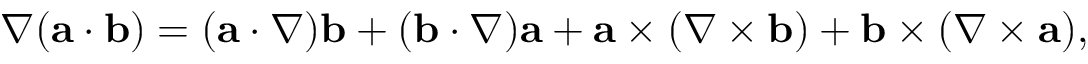
\nabla ( { \mathbf a } \cdot { \mathbf b } ) = ( { \mathbf a } \cdot \nabla ) { \mathbf b } + ( { \mathbf b } \cdot \nabla ) { \mathbf a } + { \mathbf a } \times ( \nabla \times { \mathbf b } ) + { \mathbf b } \times ( \nabla \times { \mathbf a } ) ,